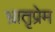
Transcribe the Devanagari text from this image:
भ्रातृप्रेम